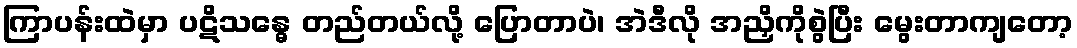
ကြာပန်းထဲမှာ ပဋိသန္ဓေ တည်တယ်လို့ ပြောတာပဲ၊ အဲဒီလို အညှိကိုစွဲပြီး မွေးတာကျတော့